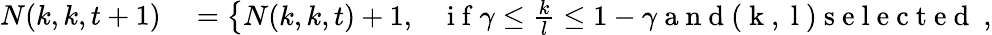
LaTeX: \begin{array}{rl}{N(k,k,t+1)}&{{}=\left\{ \begin{array}{ll}{N(k,k,t)+1,}&{\mathrm{~i~f~}\gamma\leq\frac{k}{l}\leq 1-\gamma\mathrm{~a~n~d~(~k~,~l~)~s~e~l~e~c~t~e~d~}\ ,}\end{array}\right.}\end{array}